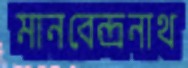
মানবেন্দ্রনাথ